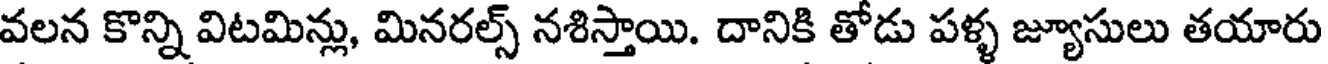
వలన కొన్ని విటమిన్లు, మినరల్స్ నశిస్తాయి. దానికి తోడు పళ్ళ జ్యూసులు తయారు